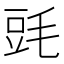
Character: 毭